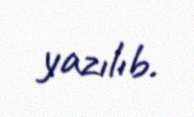
yazılıb.